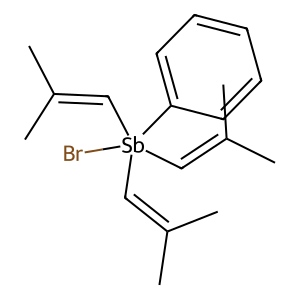
SMILES: CC(C)=C[Sb](Br)(C=C(C)C)(C=C(C)C)c1ccccc1
Inhibits HIV replication: No